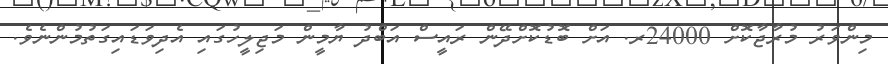
މިންވަރު މުރާޖާކޮށް 24000ރ. އަށް ބޮޑުކޮށްދޭން ރައީސް އަބްދު ޔާމީން މަޖިލީހުގައި އެދިވަޑައިގަތުމުންނެވެ.